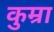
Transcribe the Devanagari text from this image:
कुम्रा